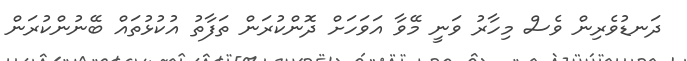
ދަނޑުވެރިން ވެސް މިހާރު ވަނީ މޭވާ އަވަހަށް ދޮންކުރަން ތަފާތު އުކުޅުތައް ބޭނުންކުރަން